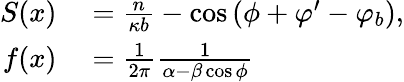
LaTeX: \begin{array}{rl}{S(x)}&{{}=\frac{n}{\kappa b}-\cos{(\phi+\varphi^{\prime}-\varphi_{b})},}\\ {f(x)}&{{}=\frac{1}{2\pi}\frac{1}{\alpha-\beta\cos{\phi}}}\end{array}